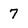
Character: 7